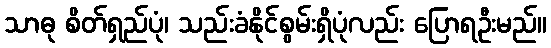
သာဓု စိတ်ရှည်ပုံ၊ သည်းခံနိုင်စွမ်းရှိပုံလည်း ပြောရဦးမည်။